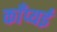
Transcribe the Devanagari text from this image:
काँप्यई